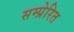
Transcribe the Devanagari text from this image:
सम्प्रेरित